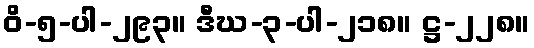
ဝိ-၅-ပါ-၂၉၃။ ဒီဃ-၃-ပါ-၂၁၈။ ဋ္ဌ-၂၂၈။